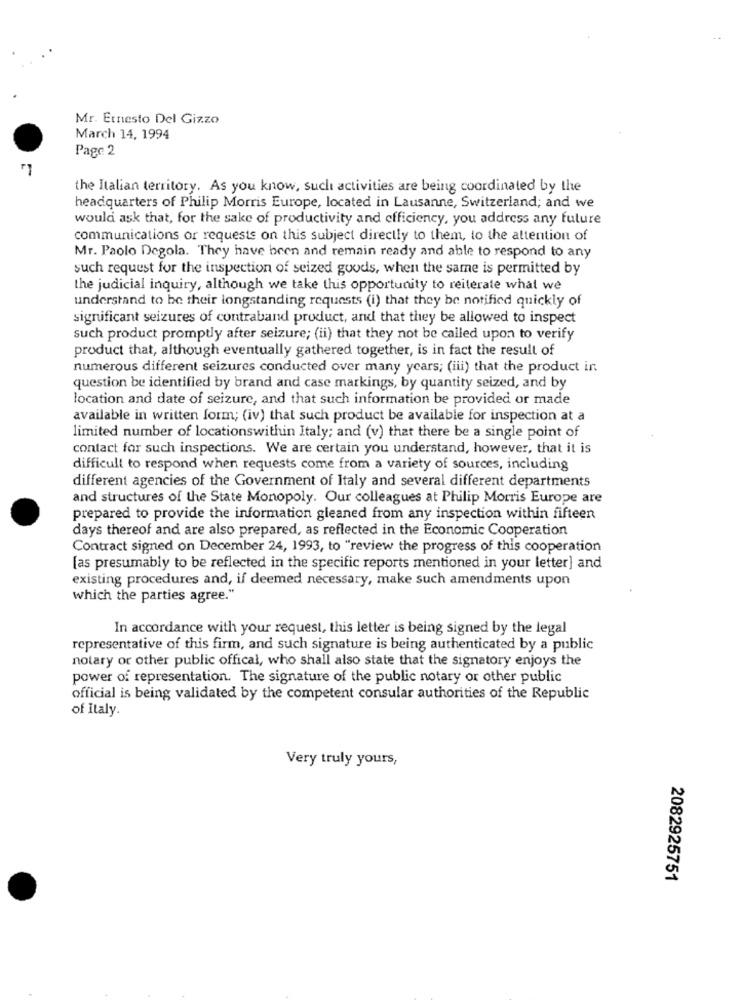
Mr. Ernesto Del Gizzo
March 14, 1994
Page 2
the Italian territory. As you know, such activities are being coordinated by the
headquarters of Philip Morris Europe, located in Lausanne, Switzerland; and we
would ask that, for the sake of productivity and efficiency, you address any future
communications or requests on this subject directly to them, to the attention of
Mr. Paolo Degola. They have been and remain ready and able to respond to any
such request for the inspection of seized goods, when the same is permitted by
the judicial inquiry, although we take this opportunity to reiterate what we
understand to be their longstanding requests (i) that they be notified quickly of
significant seizures of contraband product, and that they be allowed to inspect
such product promptly after seizure; (ii) that they not be called upon to verify
product that, although eventually gathered together, is in fact the result of
numerous different seizures conducted over many years; (iii) that the product in
question be identified by brand and case markings, by quantity seized, and by
location and date of seizure, and that such information be provided or made
available in written form; (iv) that such product be available for inspection at a
limited number of locationswithin Italy; and (v) that there be a single point of
contact for such inspections. We are certain you understand, however, that it is
difficult to respond when requests come from a variety of sources, including
different agencies of the Government of Italy and several different departments
and structures of the State Monopoly. Our colleagues at Philip Morris Europe are
prepared to provide the information gleaned from any inspection within fifteen
days thereof and are also prepared, as reflected in the Economic Cooperation
Contract signed on December 24, 1993, to "review the progress of this cooperation
[as presumably to be reflected in the specific reports mentioned in your letter] and
existing procedures and, if deemed necessary, make such amendments upon
which the parties agree."
In accordance with your request, this letter is being signed by the legal
representative of this firm, and such signature is being authenticated by a public
notary or other public offical, who shall also state that the signatory enjoys the
power of representation. The signature of the public notary or other public
official is being validated by the competent consular authorities of the Republic
of Italy
Very truly yours,
2082925751